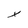
Character: x